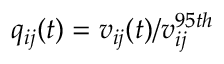
q _ { i j } ( t ) = v _ { i j } ( t ) / v _ { i j } ^ { 9 5 t h }